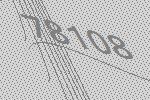
78108